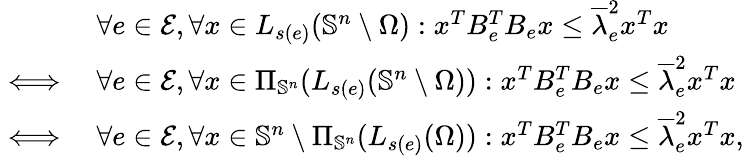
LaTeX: \begin{array}{rl}&{\forall e\in\mathcal{E},\forall x\in L_{s(e)}(\mathbb{S}^{n}\setminus\Omega):x^{T}B_{e}^{T}B_{e}x\leq\overline{{\lambda}}_{e}^{2}x^{T}x}\\ {\iff}&{\forall e\in\mathcal{E},\forall x\in\Pi_{\mathbb{S}^{n}}(L_{s(e)}(\mathbb{S}^{n}\setminus\Omega)):x^{T}B_{e}^{T}B_{e}x\leq\overline{{\lambda}}_{e}^{2}x^{T}x}\\ {\iff}&{\forall e\in\mathcal{E},\forall x\in\mathbb{S}^{n}\setminus\Pi_{\mathbb{S}^{n}}(L_{s(e)}(\Omega)):x^{T}B_{e}^{T}B_{e}x\leq\overline{{\lambda}}_{e}^{2}x^{T}x,}\end{array}